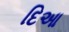
દિઆ